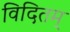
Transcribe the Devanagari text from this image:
विदितम्